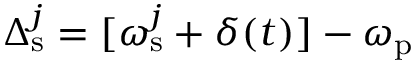
\Delta _ { \mathrm { s } } ^ { j } = [ \omega _ { \mathrm { s } } ^ { j } + \delta ( t ) ] - \omega _ { \mathrm { p } }